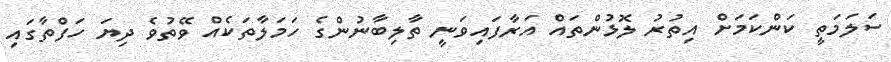
ސަލަމަތީ ކަންކަމަށް އިތުރު ލޮޅުންތައް އަރާފައިވަނީ ތާލިބާނުންގެ ހަމަލާތަކެއް ވޭތުވެ ދިޔަ ހަފްތާގައި